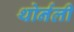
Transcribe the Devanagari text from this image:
थोर्नली